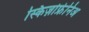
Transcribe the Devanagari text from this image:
स्किज़ोफ्रेनिअ